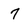
Character: 7